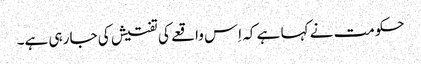
حکومت نے کہا ہے کہ اِس واقعے کی تفتیش کی جا رہی ہے۔